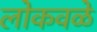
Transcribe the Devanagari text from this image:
लोकवळे